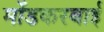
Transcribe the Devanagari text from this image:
मोंडकरबाई